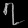
Digit: ၇